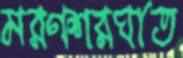
মরণশরঘাত